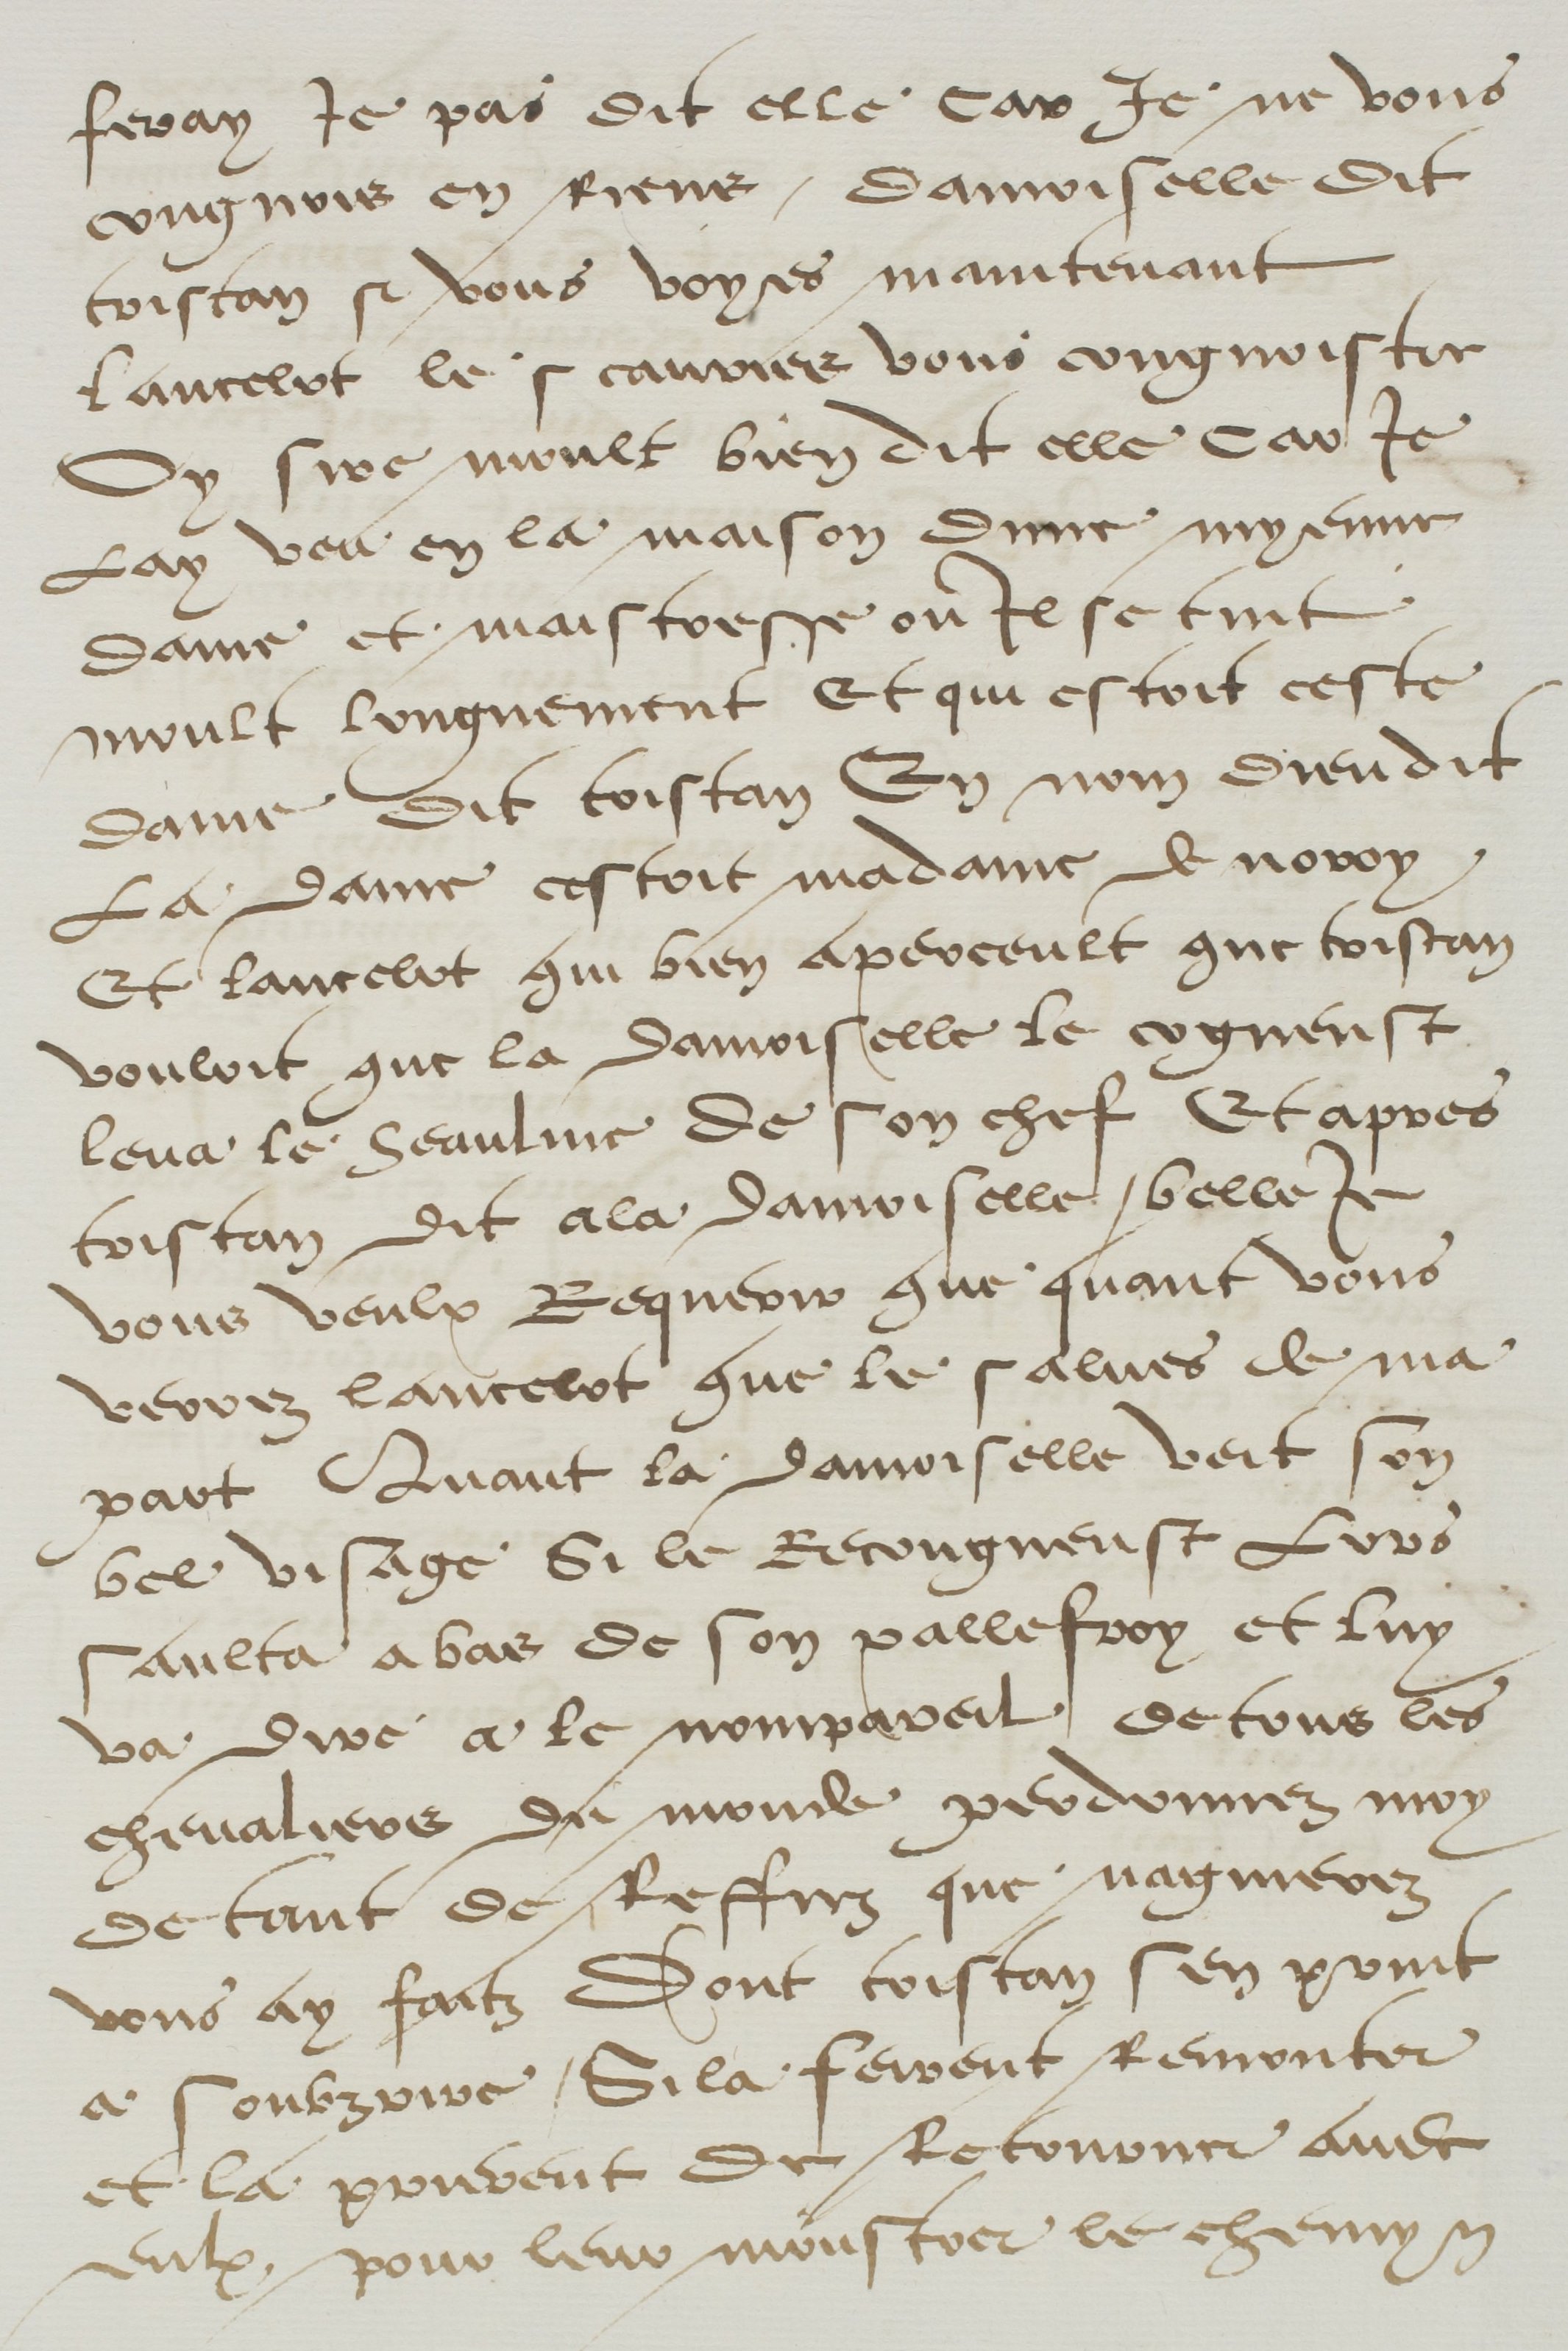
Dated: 1500–1599